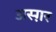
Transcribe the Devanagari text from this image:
अस्ग़र